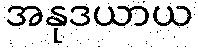
အနုဒယာယ